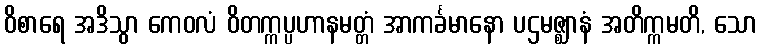
ဝိစာရေ အဒိသွာ ကေဝလံ ဝိတက္ကပ္ပဟာနမတ္တံ အာကင်္ခမာနော ပဌမဇ္ဈာနံ အတိက္ကမတိ, သော